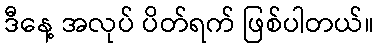
ဒီနေ့ အလုပ် ပိတ်ရက် ဖြစ်ပါတယ်။